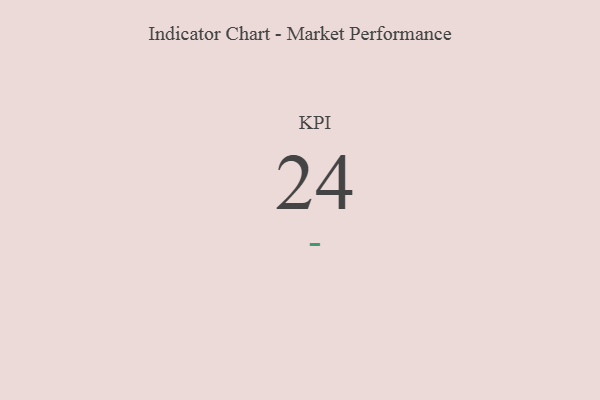
{"axis": {"x": "KPI", "y": "Value"}, "legend": [""], "data": [{"x": "KPI", "y": 24, "type": ""}]}